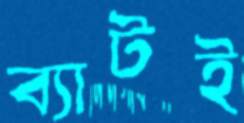
ব্যাটই